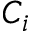
C _ { i }